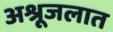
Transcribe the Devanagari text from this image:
अश्रूजलात